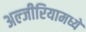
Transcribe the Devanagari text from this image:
अल्जीरियामध्ये